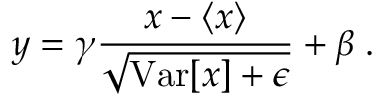
y = \gamma \frac { x - \langle x \rangle } { \sqrt { \mathrm { V a r } [ x ] + \epsilon } } + \beta \; .